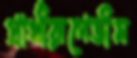
প্রার্থীরূপেভীম